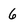
Character: 6